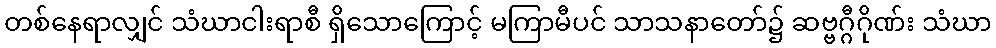
တစ်နေရာလျှင် သံဃာငါးရာစီ ရှိသောကြောင့် မကြာမီပင် သာသနာတော်၌ ဆဗ္ဗဂ္ဂီဂိုဏ်း သံဃာ